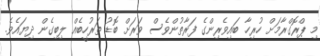
މި ޕްރޮގްރާމަށް ހުރިހާ ބައިވެރިންގެ ފަރާތުންވެސް ވަރަށް ބޮޑު ތަރުހީބެއް ލިބިގެން ދިޔައެވެ.